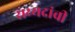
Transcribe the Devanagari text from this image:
सय्यदांची